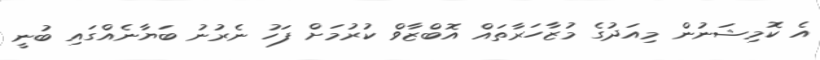
އެ ކޮމިޝަނުން މިއަދުގެ މުޒާހަރާތައް އޮބްޒާވް ކުރުމަށް ފަހު ނެރުނު ބަޔާނެއްގައި ބުނީ